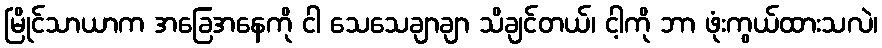
မြိုင်သာယာက အခြေအနေကို ငါ သေသေချာချာ သိချင်တယ်၊ ငါ့ကို ဘာ ဖုံးကွယ်ထားသလဲ၊